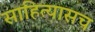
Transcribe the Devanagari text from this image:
साहित्यासच